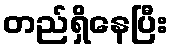
တည်ရှိနေပြီး